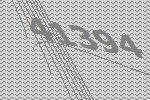
41394